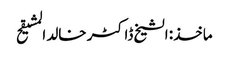
ماخذ: الشیخ ڈاکٹر خالد المشیقح